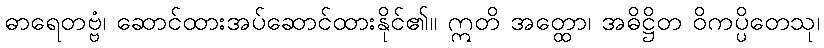
ဓာရေတဗ္ဗံ၊ ဆောင်ထားအပ်ဆောင်ထားနိုင်၏။ ဣတိ အတ္ထော၊ အဓိဋ္ဌိတ ဝိကပ္ပိတေသု၊